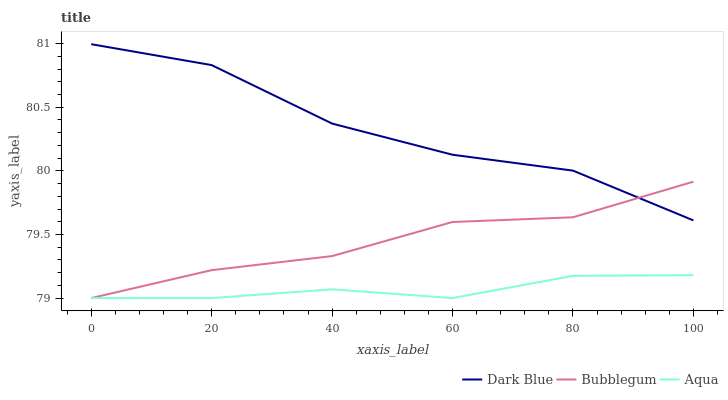
| xaxis_label | Dark Blue | Bubblegum | Aqua |
 | --- | --- | --- | --- |
 | 0 | 81 | 79 | 79 |
 | 20 | 80.8 | 79.2 | 79 |
 | 40 | 80.4 | 79.3 | 79.1 |
 | 60 | 80.1 | 79.6 | 79 |
 | 80 | 80 | 79.6 | 79.2 |
 | 100 | 79.6 | 79.9 | 79.2 |